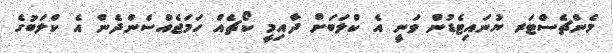
މެންޗެސްޓަރ ޔުނައިޓެޑުން ވަނީ އެ ކްލަބަށް ދާއިމީ ކޯޗެއް ހަމަޖެއްސެންދެން އެ ކްލަބުގެ